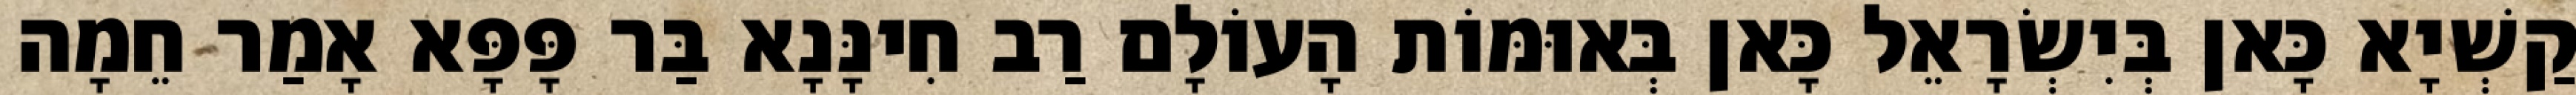
קַשְׁיָא כָּאן בְּיִשְׂרָאֵל כָּאן בְּאוּמּוֹת הָעוֹלָם רַב חִינָּנָא בַּר פָּפָּא אָמַר חֵמָה